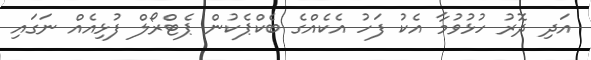
އަދި ދޮރު ހުޅުވުމާ އެކު ފަހު އެކެއްގެ ބެކްޕެކުން ޕެޓްރޯލް ފުޅިއެއް ނަގައި